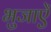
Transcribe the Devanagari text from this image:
भुजाऐं